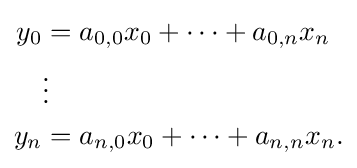
{\begin{aligned}y_{0}&=a_{0,0}x_{0}+\dots +a_{0,n}x_{n}\\&\vdots \\y_{n}&=a_{n,0}x_{0}+\dots +a_{n,n}x_{n}.\end{aligned}}